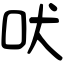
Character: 吠